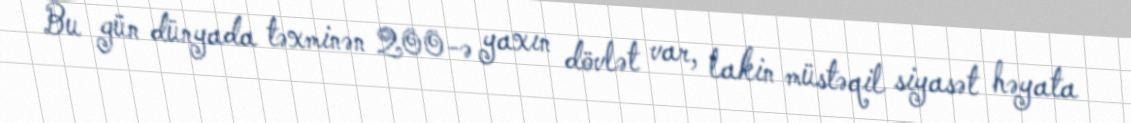
Bu gün dünyada təxminən 200-ə yaxın dövlət var, lakin müstəqil siyasət həyata